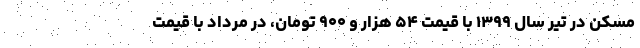
مسکن در تیر سال ۱۳۹۹ با قیمت ۵۴ هزار و ۹۰۰ تومان، در مرداد با قیمت